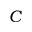
C